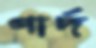
গার্দ